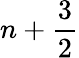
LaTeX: n+\frac{3}{2}